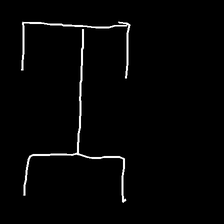
Glyph: entwine